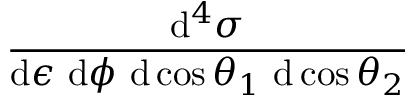
\frac { \mathrm { d } ^ { 4 } \sigma } { \mathrm { d } \epsilon \ \mathrm { d } \phi \ \mathrm { d } \cos \theta _ { 1 } \ \mathrm { d } \cos \theta _ { 2 } } \nonumber